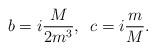
LaTeX: \begin{align*}b = i\frac{M}{2m^3} ,\,\,\,c = i\frac{m}{M}.\end{align*}